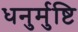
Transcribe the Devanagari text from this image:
धनुर्मुष्टि